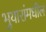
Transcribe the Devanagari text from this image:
भुयारांमधील